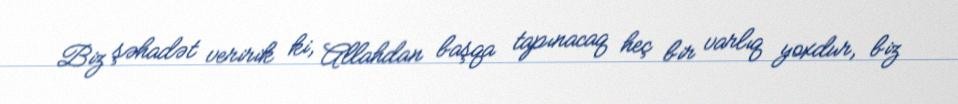
Biz şəhadət veririk ki, Allahdan başqa tapınacaq heç bir varlıq yoxdur, biz